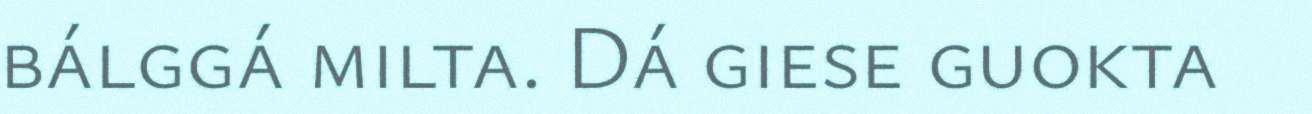
bálggá milta. Dá giese guokta